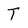
Character: t